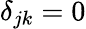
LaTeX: \delta_{jk}=0